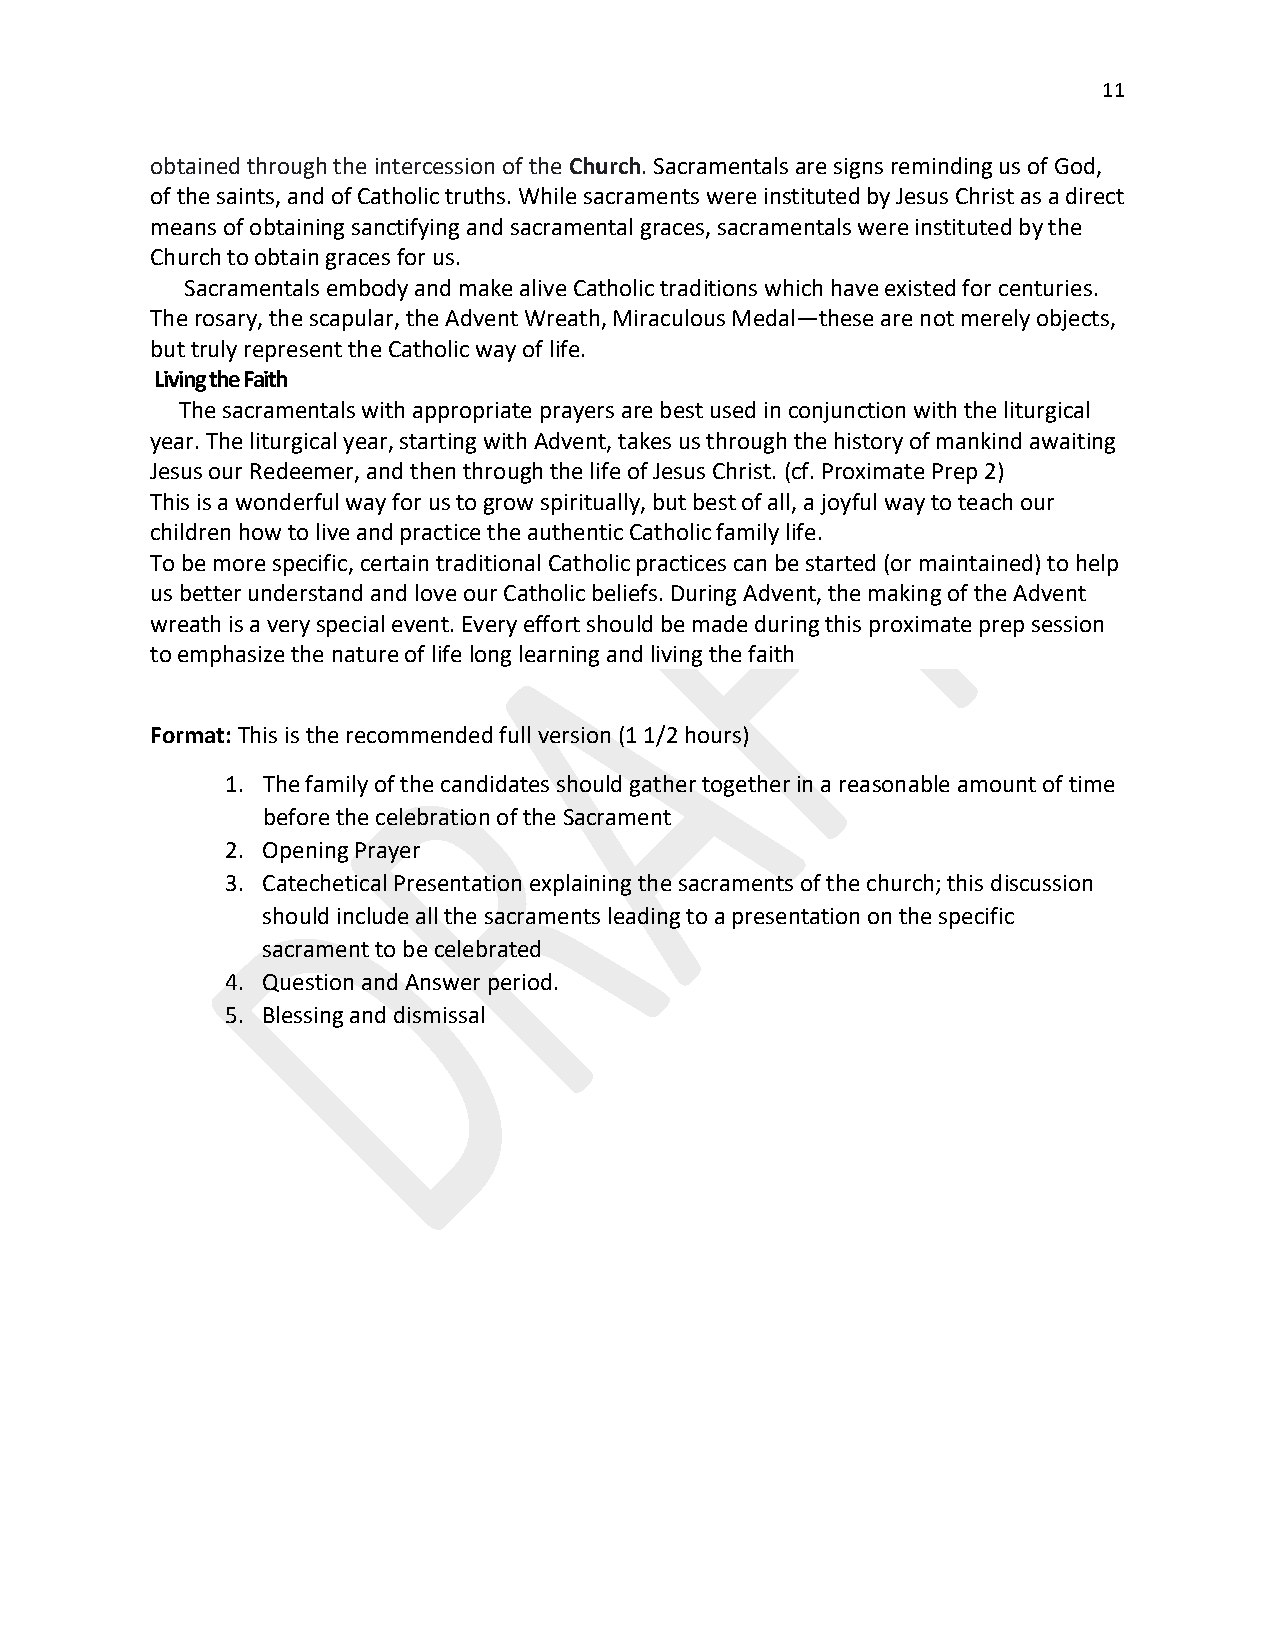
11
 obtained through the intercession of the Church. Sacramentals are signs reminding us of God,
 of the saints, and of Catholic truths. While sacraments were instituted by Jesus Christ as a direct
 means of obtaining sanctifying and sacramental graces, sacramentals were instituted by the
 Church to obtain graces for us.
 Sacramentals embody and make alive Catholic traditions which have existed for centuries.
 The rosary, the scapular, the Advent Wreath, Miraculous Medal—these are not merely objects,
 but truly represent the Catholic way of life.
 Living the Faith
 The sacramentals with appropriate prayers are best used in conjunction with the liturgical
 year. The liturgical year, starting with Advent, takes us through the history of mankind awaiting
 Jesus our Redeemer, and then through the life of Jesus Christ. (cf. Proximate Prep 2)
 This is a wonderful way for us to grow spiritually, but best of all, a joyful way to teach our
 children how to live and practice the authentic Catholic family life.
 To be more specific, certain traditional Catholic practices can be started (or maintained) to help
 us better understand and love our Catholic beliefs. During Advent, the making of the Advent
 wreath is a very special event. Every effort should be made during this proximate prep session
 to emphasize the nature of life long learning and living the faith
 Format: This is the recommended full version (1 1/2 hours)
 1. The family of the candidates should gather together in a reasonable amount of time
 before the celebration of the Sacrament
 2. Opening Prayer
 3. Catechetical Presentation explaining the sacraments of the church; this discussion
 should include all the sacraments leading to a presentation on the specific
 sacrament to be celebrated
 4. Question and Answer period.
 5. Blessing and dismissal